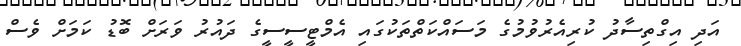
އަދި އިގްތިސާދު ކުރިއެރުވުމުގެ މަސައްކަތްތަކުގައި އެމްޓީސީސީގެ ދައުރު ވަރަށް ބޮޑު ކަމަށް ވެސް